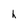
Character: h